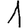
Digit: 1